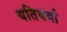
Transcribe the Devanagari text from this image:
यतिवर्या